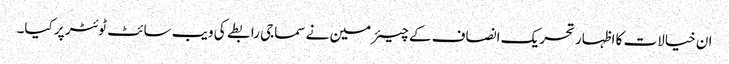
ان خیالات کا اظہار تحریک انصاف کے چیئرمین نے سماجی رابطے کی ویب سائٹ ٹوئٹر پر کیا۔